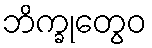
ဘိက္ခုတွေဝ